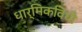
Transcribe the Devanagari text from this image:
धार्मिकविधी